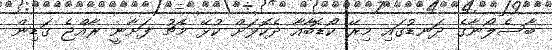
ބާސެލޯނާގެ ދަނޑުގައި މިރޭ ކޯޑޮބާއާ ދެކޮޅަށް ކުޅޭ މެޗު ފަށާނީ ރާއްޖެ ގަޑިން